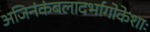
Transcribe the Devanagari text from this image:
अजिनंकंबलादर्भागोकेशाः